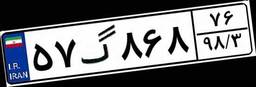
۲۲گ۶۹۲۷۲